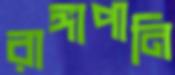
রাঙ্গাপানি